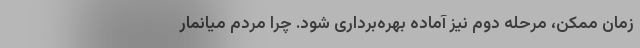
زمان ممکن،‌ مرحله دوم نیز آماده بهره‌برداری شود. چرا مردم میانمار